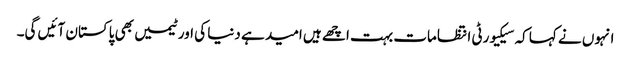
انہوں نے کہا کہ سیکیورٹی انتظامات بہت اچھے ہیں امید ہے دنیا کی اور ٹیمیں بھی پاکستان آئیں گی۔